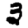
Digit: 3